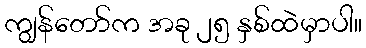
ကျွန်တော်က အခု ၂၅ နှစ်ထဲမှာပါ။